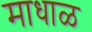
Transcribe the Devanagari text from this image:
माधाळ